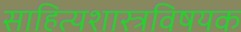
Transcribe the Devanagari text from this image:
साहित्यशास्त्रविषयक